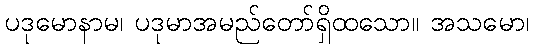
ပဒုမောနာမ၊ ပဒုမာအမည်တော်ရှိထသော။ အသမော၊